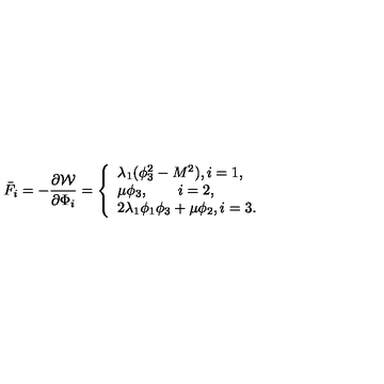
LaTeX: \bar { F } _ { i } = - \frac { \partial { \cal W } } { \partial \Phi _ { i } } = \left\{ \begin{array} { l } { \lambda _ { 1 } ( \phi _ { 3 } ^ { 2 } - M ^ { 2 } ) , i = 1 , } \\ { \mu \phi _ { 3 } , \qquad i = 2 , } \\ { 2 \lambda _ { 1 } \phi _ { 1 } \phi _ { 3 } + \mu \phi _ { 2 } , i = 3 . } \\ \end{array} \right.